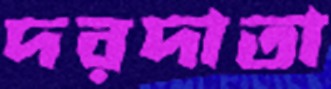
দরদাতা